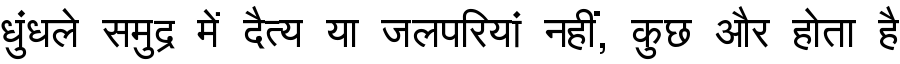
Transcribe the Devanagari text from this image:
धुंधले समुद्र में दैत्य या जलपरियां नहीं, कुछ और होता है